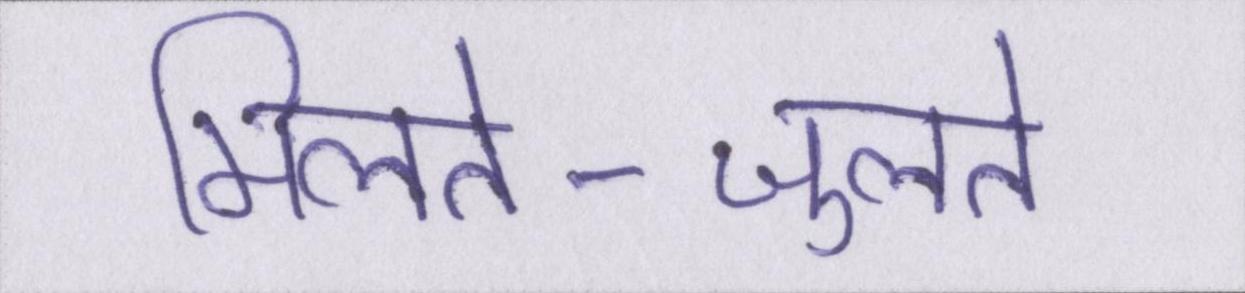
मिलते-जुलते